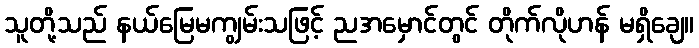
သူတို့သည် နယ်မြေမကျွမ်းသဖြင့် ညအမှောင်တွင် တိုက်လိုဟန် မရှိချေ။